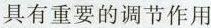
具有重要的调节作用